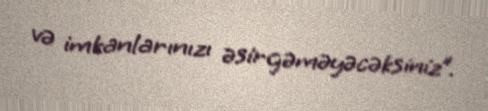
və imkanlarınızı əsirgəməyəcəksiniz”.